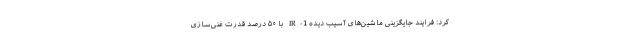
کرد: فرایند جایگزینی ماشین‌های آسیب دیده IR-1 با ۵۰ درصد قدرت غنی‌سازی